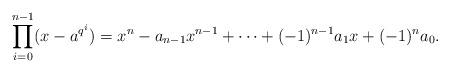
LaTeX: \begin{align*}\prod_{i = 0}^{n-1} (x - a^{q^i}) = x^n - a_{n-1}x^{n-1} + \cdots +(-1)^{n-1}a_1x +(-1)^{n} a_0.\end{align*}